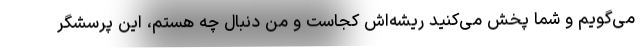
می‌گویم و شما پخش می‌کنید ریشه‌اش کجاست و من دنبال چه هستم، این پرسشگر